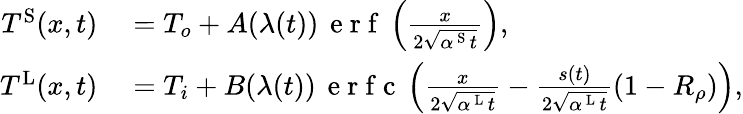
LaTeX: \begin{array}{rl}{T^{\mathrm{S}}(x,t)}&{{}=T_{o}+A(\lambda(t))\, \mathrm{~e~r~f~}\left(\frac{x}{2\sqrt{\alpha^{\mathrm{~S~}}t}}\right),}\\ {T^{\mathrm{L}}(x,t)}&{{}=T_{i}+B(\lambda(t))\, \mathrm{~e~r~f~c~}\left(\frac{x}{2\sqrt{\alpha^{\mathrm{~L~}}t}}-\frac{s(t)}{2\sqrt{\alpha^{\mathrm{~L~}}t}}(1-R_{\rho})\right),}\end{array}